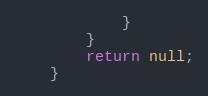
Language: Java
            }
        }
        return null;
    }